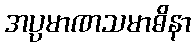
အပ္ပမာဏသမာဓိနာ